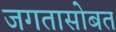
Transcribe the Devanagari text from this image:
जगतासोबत